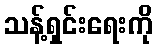
သန့်ရှင်းရေးကို